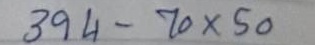
394 - 70 x 50